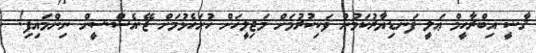
ޤާޟީ އިބްރާހީމް ޢަލީ ފަނޑިޔާރުކަމުން ވަކިކުރުމަށް މަޖިލީހަށް ހުށަހެޅުމަށް ޖޭ.އެސް.ސީން ނިންމައިފި!